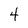
Character: 4